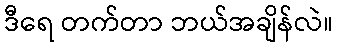
ဒီရေ တက်တာ ဘယ်အချိန်လဲ။